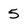
Character: 5